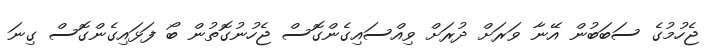
ޖެހުމުގެ ސަބަބުން އޭނާ ވަރަށް ދުރަށް ވިއްސައިގެންގޮސް ޖެހުނުގޮތުން ބޯ ފަޅައިގެންގޮސް ގިނަ